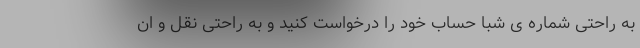
به راحتی شماره ی شبا حساب خود را درخواست کنید و به راحتی نقل و ان